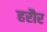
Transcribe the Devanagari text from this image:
हरौर